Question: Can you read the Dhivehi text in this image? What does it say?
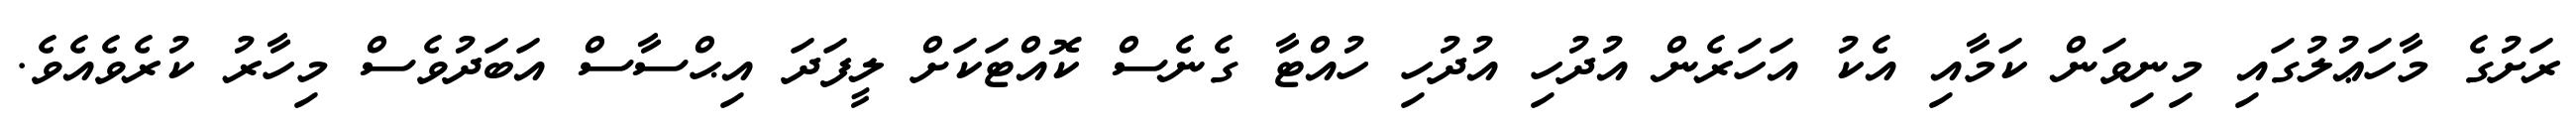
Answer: ރަށުގެ މާހަޢުލުގައި މިނިވަން ކަމާއި އެކު އަހަރެން އުދުހި އުދުހި ހުއްޓާ ގެނެސް ކޮއްޓަކަށް ލީފަދަ އިޙްސާސް އަބަދުވެސް މިހާރު ކުރެވެއެވެ.